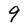
Character: g